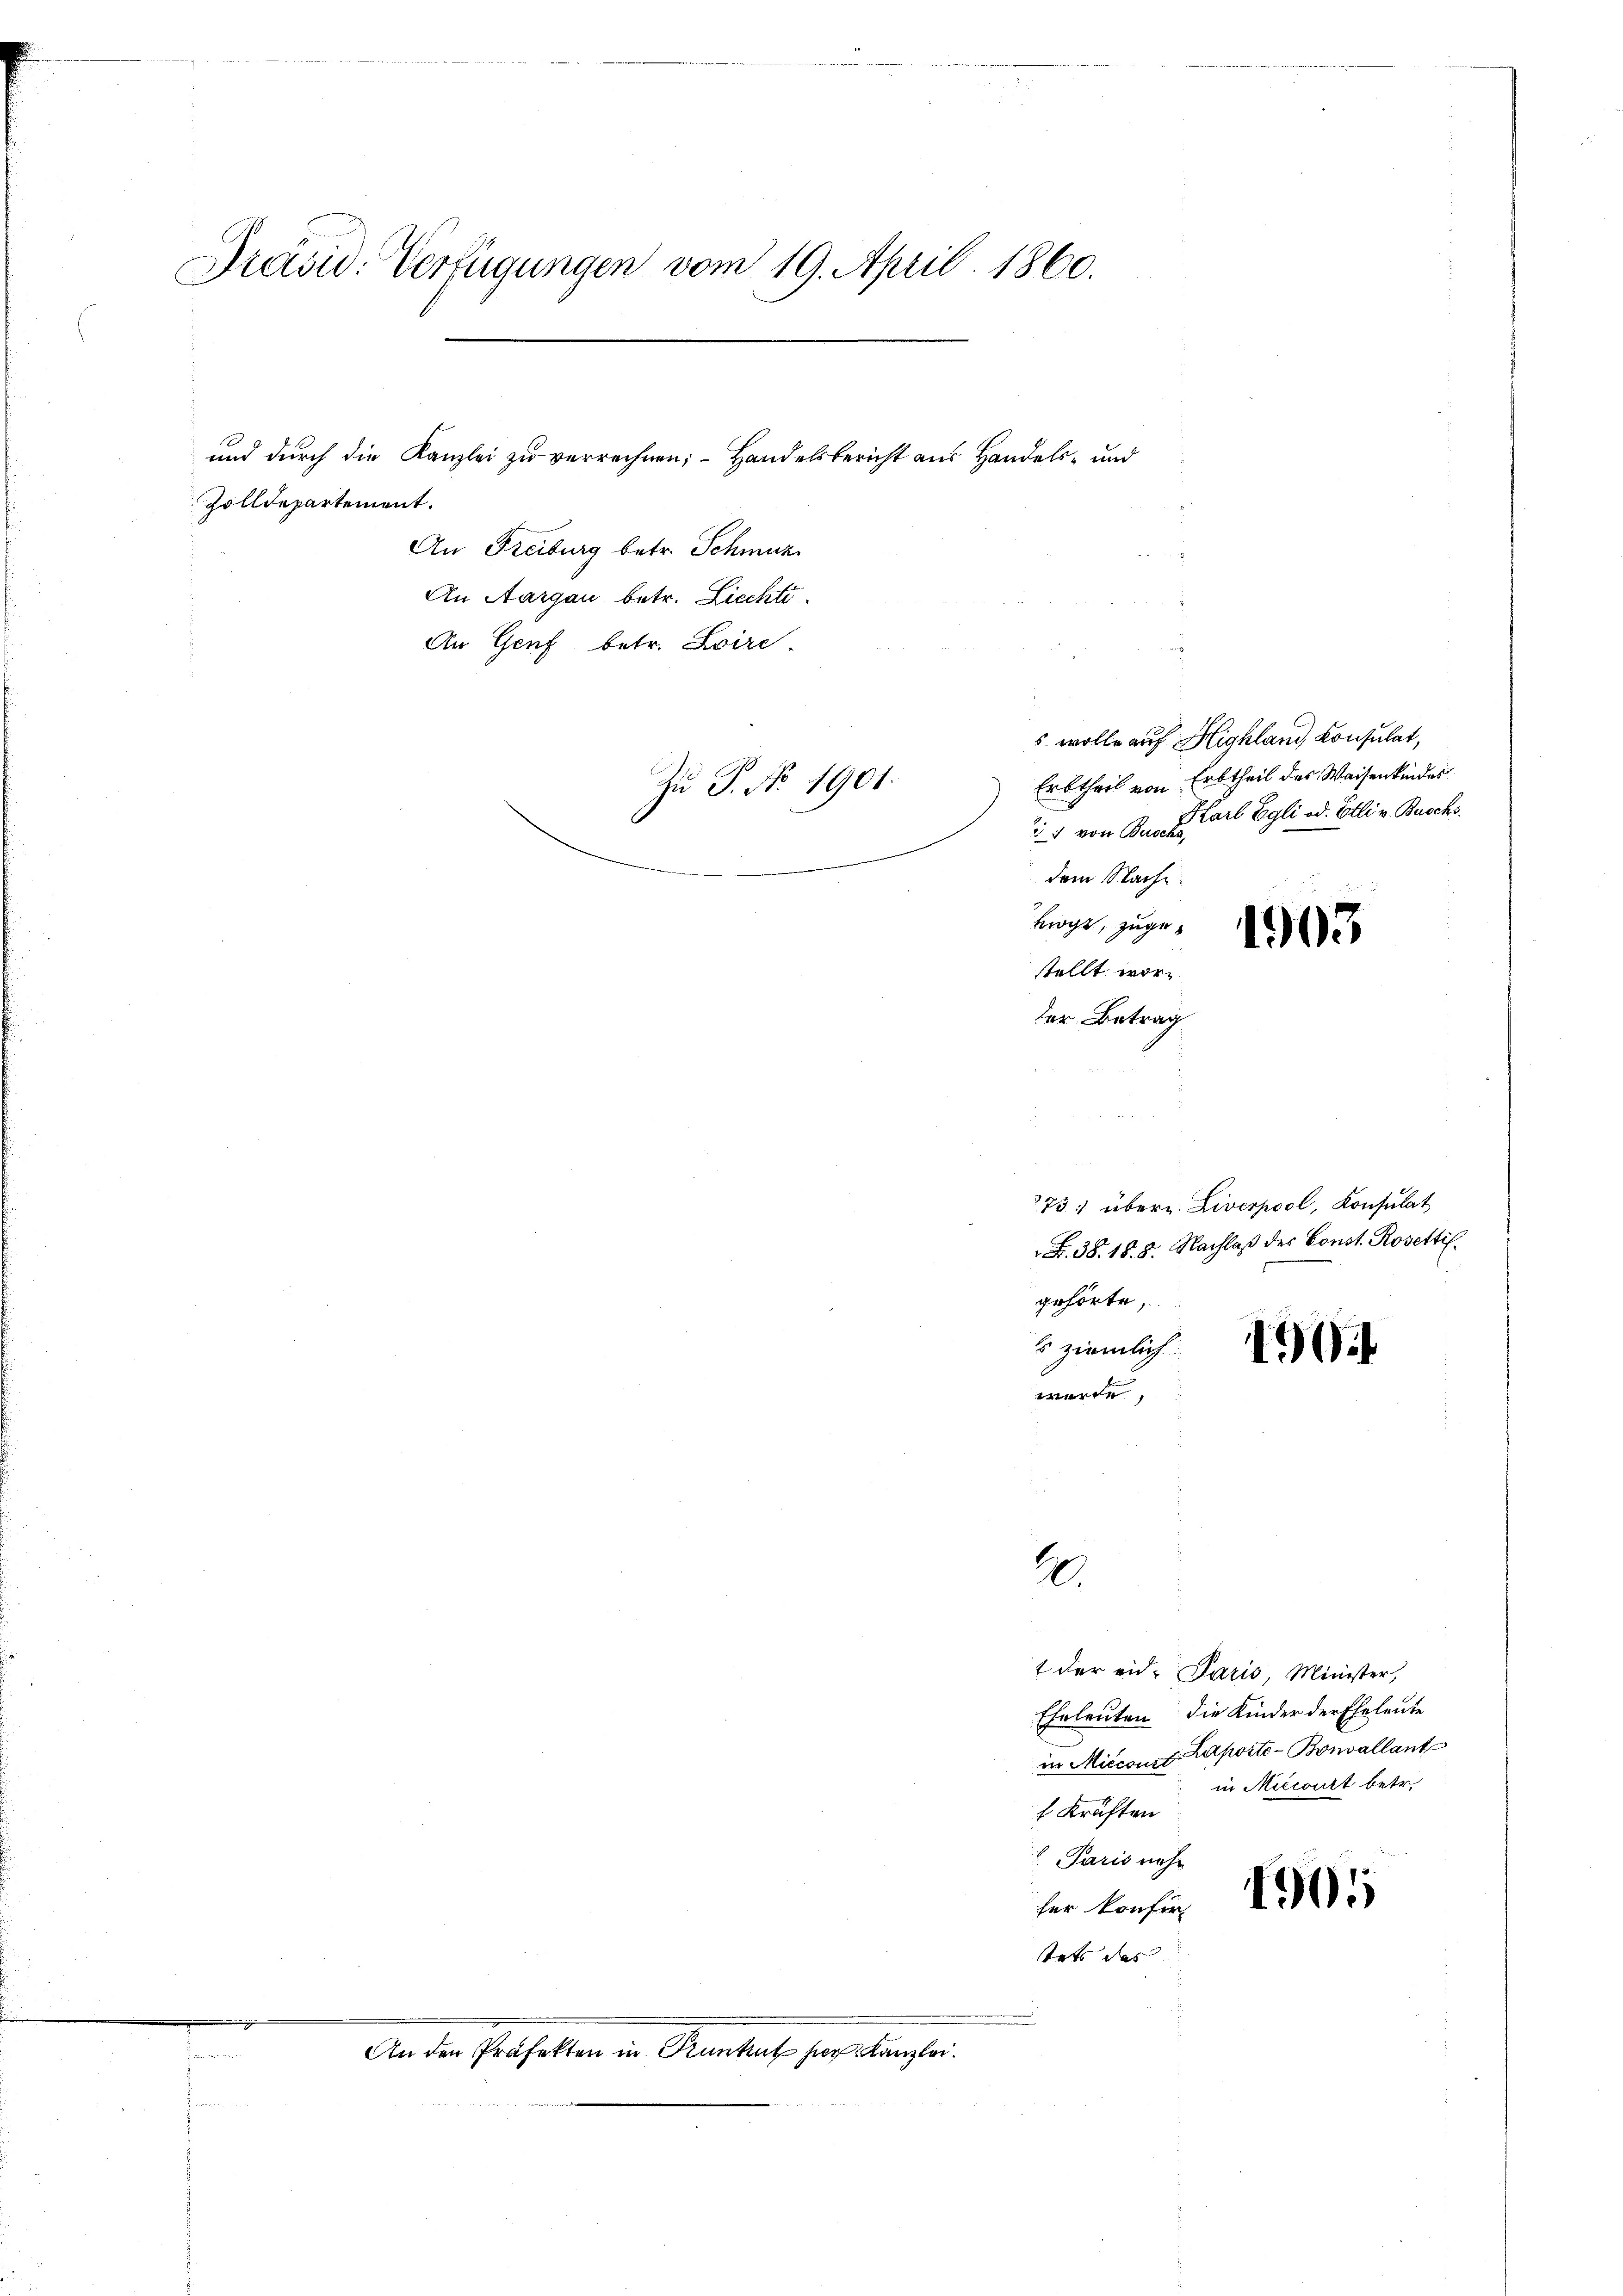
Präsid. Verfügungen vom 19. April 1860.

Zolldepartement.
An Freiburg betr. Schmuz
An Aargau betr. Liechti
An Genf betr. Loire
Zu P. No 1901.

und durch die Kanzlei zu verrechnen; - Handelsbericht aus Handels- und

e
An den Präfekten in Punkt hier Kanzlei.

von Busch
nn der einer
dem Nache
mogt, zugestellt wor
der Betrag

gehörte,
s ziemlich
werde,

A.

s wolle auf Highland Konsulat,
Erbtheil von Erbtheil des Waisenkindes
Karl Egli od. Etli v. Busch.

2731 übern. Liverpool, Konsulat
. 38. 18. 8. Nachlaß des Const. Rosettil¬

1903

t der eid. Paris, Minister,
Eheleuten die Kinder der Eheleute
in Miccoust. Laporto-Bonvallant
 Kräften
Paris nehm
der Konsen
stets das

190

in Miccart betr.